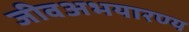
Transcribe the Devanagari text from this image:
जीवअभयारण्य